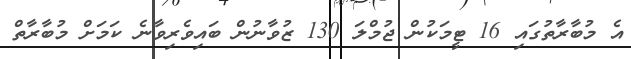
އެ މުބާރާތުގައި 16 ޓީމަކުން ޖުމްލަ 130 ޒުވާނުން ބައިވެރިވާނެ ކަމަށް މުބާރާތް